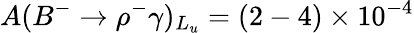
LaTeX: A(B^{-}\to\rho^{-}\gamma)_{L_{u}}=(2-4)\times 10^{-4}